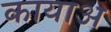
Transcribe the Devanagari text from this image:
कायाअ